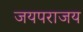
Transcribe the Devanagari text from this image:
जयपराजय